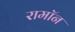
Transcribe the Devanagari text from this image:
रामॉन